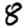
Digit: 8